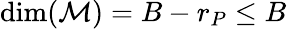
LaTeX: \mathrm{dim}(\mathcal{M})=B-r_{P}\leq B